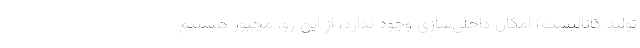
تولید کاتالیست) امکان داخلی‌سازی وجود ندارد، از این رو، مجبور هستیم